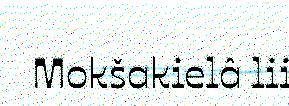
Mokšakielâ lii